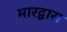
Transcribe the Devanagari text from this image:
मारद्वारा